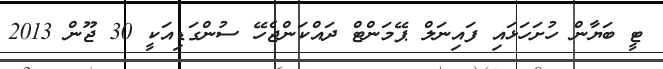
ޓީ ބަޔާން ހުށަހަޅައި ފައިނަލް ޕޭމަންޓް ދައްކަންޖެހޭ ސުންގަޑިއަކީ 30 ޖޫން 2013